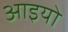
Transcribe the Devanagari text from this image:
आइयो